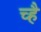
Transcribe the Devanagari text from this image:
च्है